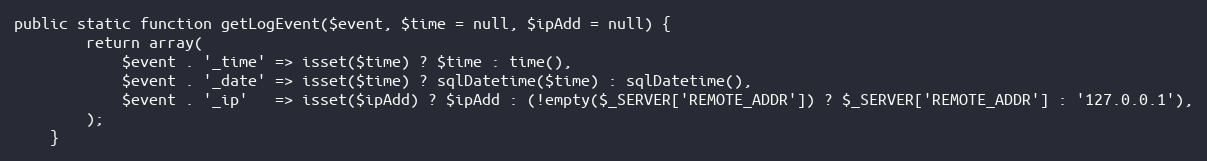
Language: PHP
public static function getLogEvent($event, $time = null, $ipAdd = null) {
		return array(
			$event . '_time' => isset($time) ? $time : time(),
			$event . '_date' => isset($time) ? sqlDatetime($time) : sqlDatetime(),
			$event . '_ip'   => isset($ipAdd) ? $ipAdd : (!empty($_SERVER['REMOTE_ADDR']) ? $_SERVER['REMOTE_ADDR'] : '127.0.0.1'),
		);
	}